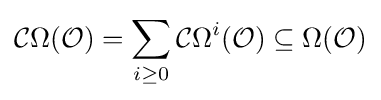
{\mathcal {C}}\Omega ({\mathcal {O}})=\sum _{i\geq 0}{\mathcal {C}}\Omega ^{i}({\mathcal {O}})\subseteq \Omega ({\mathcal {O}})